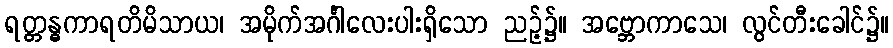
ရတ္တန္ဓကာရတိမိသာယ၊ အမိုက်အင်္ဂါလေးပါးရှိသော ညဉ့်၌။ အဗ္ဘောကာသေ၊ လွင်တီးခေါင်၌။